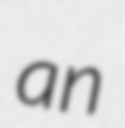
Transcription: an